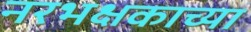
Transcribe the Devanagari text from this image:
नरभक्षकाच्या